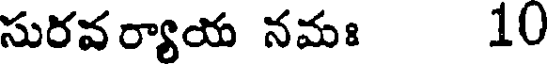
సురవర్యాయ నమః 10